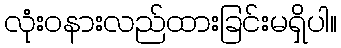
လုံးဝနားလည်ထားခြင်းမရှိပါ။